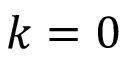
k = 0